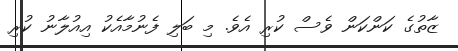
ޒާތުގެ ކަންކަން ވެސް ކުރި އެވެ. މި ބަލި ފެނުމާއެކު އިއުލާނު ކުރި